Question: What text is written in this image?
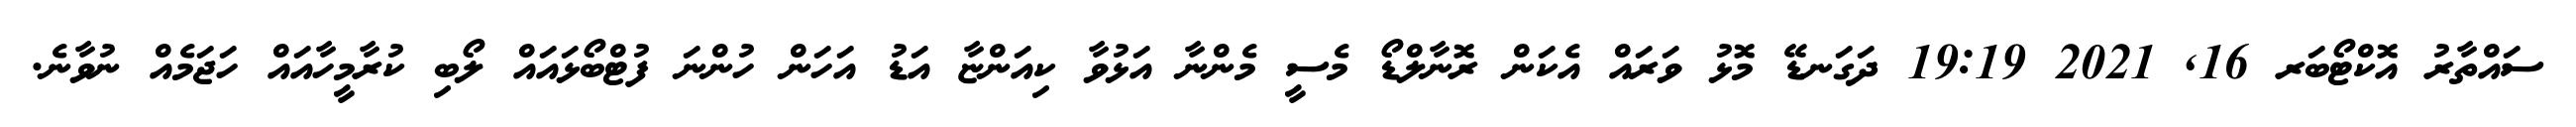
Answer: ސައްތާރު އޮކްޓޯބަރ 16, 2021 19:19 ދަގަނޑޭ މޮޅު ވަރައް އެކަން ރޮނާލްޑޯ މެސީ މެންނާ އަޅުވާ ކިއަންޏާ އަޑު އަހަން ހުންނަ ފުޓްބޯޅައައް ލޯބި ކުރާމީހާއައް ހަޖަމެއް ނުވާނެ.